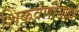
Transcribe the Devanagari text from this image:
शिकवणीमध्ये